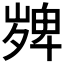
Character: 𭐼